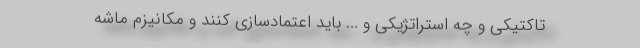
تاکتیکی و چه استراتژیکی و ... باید اعتمادسازی کنند و مکانیزم ماشه